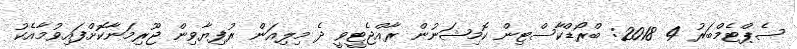
ސެޕްޓެމްބަރު 4 2018: ބްރޯޑްކާސްޓިން ކޮމިޝަނުން ރާއްޖެޓީވީ ދެ މިލިއަން ރުފިޔާވިން ޖޫރިމަނާކޮށްފައިވުމާއެކު